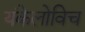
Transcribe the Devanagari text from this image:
यंकेलोविच